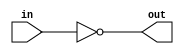
module INV_14(input in, output out);
assign out = ~in;
endmodule